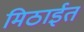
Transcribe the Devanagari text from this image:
मिठाईत